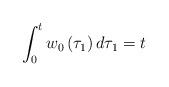
LaTeX: \begin{align*}\int_{0}^{t}w_{0}\left( \tau_1 \right) d\tau_1 =t \end{align*}